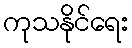
ကုသနိုင်ရေး